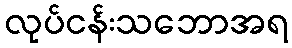
လုပ်ငန်းသဘောအရ